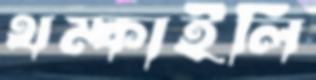
থম্‌কাইলি